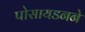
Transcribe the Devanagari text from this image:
पोसायडनने